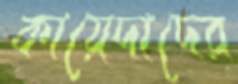
কায়েদাদের